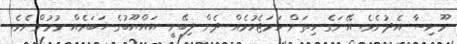
މޫނިސާ އެދުނެވެ. އޭނަގެ ހިތަށް ހަމަޖެހުމެއް ދެން ލިބޭނީ އައްޔޫބުގެ ޚަބަރެއް ވުމުންނެވެ.